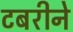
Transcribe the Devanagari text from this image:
टबरीने